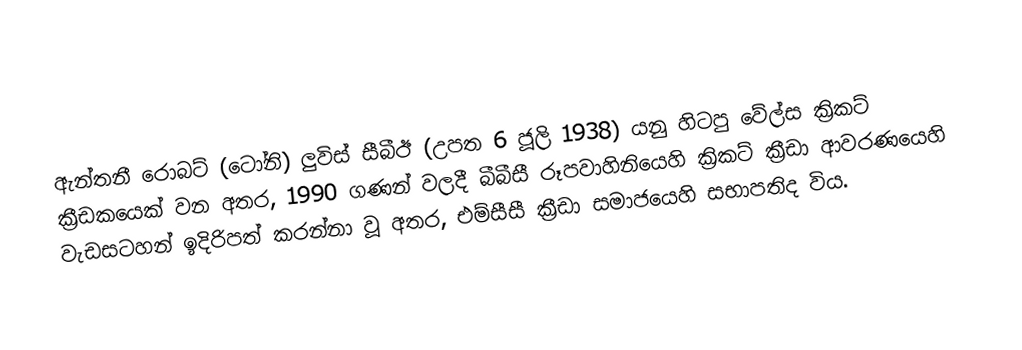
ඇන්තනී රොබට් (ටෝනි) ලුවිස් සීබීඊ (උපත 6 ජූලි 1938) යනු හිටපු වේල්ස ක්‍රිකට් ක්‍රීඩකයෙක් වන අතර, 1990 ගණන් වලදී බීබීසී රූපවාහිනියෙහි ක්‍රිකට් ක්‍රීඩා ආවරණයෙහි වැඩසටහන් ඉදිරිපත් කරන්නා වූ අතර, එම්සීසී ක්‍රීඩා සමාජයෙහි සභාපතිද විය.